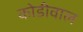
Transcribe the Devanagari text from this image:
कोडीवाल